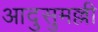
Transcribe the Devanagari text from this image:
आदुसुमल्ली